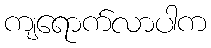
ကျရောက်လာပါက